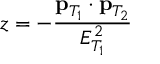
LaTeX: z = - \frac { { \bf p } _ { T _ { 1 } } \cdot { \bf p } _ { T _ { 2 } } } { E _ { T _ { 1 } } ^ { 2 } }